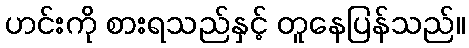
ဟင်းကို စားရသည်နှင့် တူနေပြန်သည်။